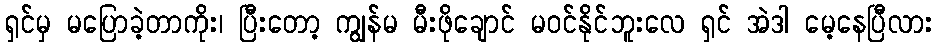
ရှင်မှ မပြောခဲ့တာကိုး၊ ပြီးတော့ ကျွန်မ မီးဖိုချောင် မဝင်နိုင်ဘူးလေ ရှင် အဲဒါ မေ့နေပြီလား